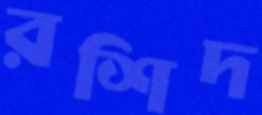
রশিদ